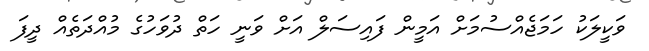
ވަކީލަކު ހަމަޖެއްސުމަށް އަމީން ފައިސަލް އަށް ވަނީ ހަތް ދުވަހުގެ މުއްދަތެއް ދީފަ